Indian journal of veterinary science and animal husbandry - Volume 8,
Year: 1938
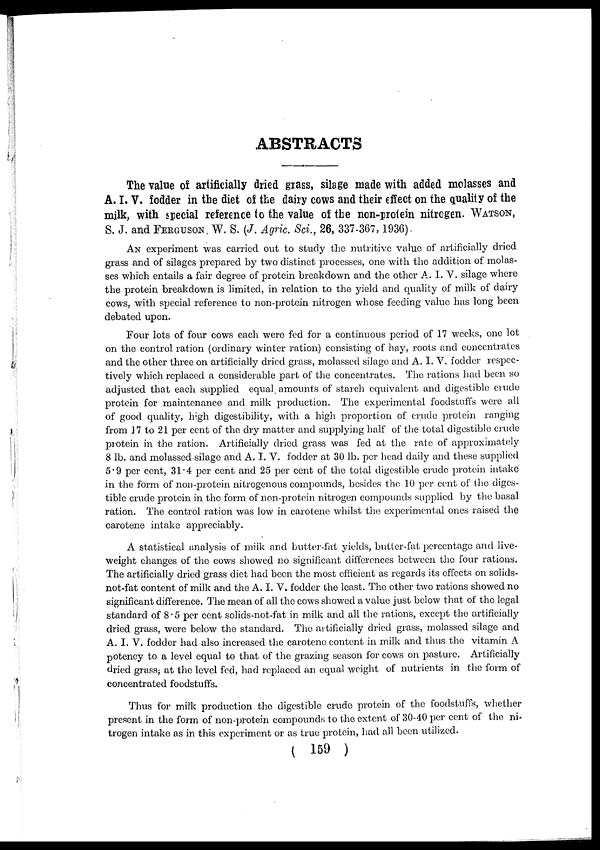
ABSTRACTS
The value of artificially dried grass, silage made with added molasses and
A. I. V. fodder in the diet of the dairy cows and their effect on the quality of the
milk, with special reference to the value of the non-protein nitrogen. WATSON,
S. J. and FERGUSON W. S. (J. Agric. Sci., 26, 337-367,1936).
AN experiment was carried out to study the nutritive value of artificially dried
grass and of silages prepared by two distinct processes, one with the addition of molas-
ses which entails a fair degree of protein breakdown and the other A. I. V. silage where
the protein breakdown is limited, in relation to the yield and quality of milk of dairy
cows, with special reference to non-protein nitrogen whose feeding value has long been
debated upon.
Four lots of four cows each were fed for a continuous period of 17 weeks, one lot
on the control ration (ordinary winter ration) consisting of hay, roots and concentrates
and the other three on artificially dried grass, molassed silage and A. I. V. fodder respec-
tively which replaced a considerable part of the concentrates. The rations had been so
adjusted that each supplied equal amounts of starch equivalent and digestible crude
protein for maintenance and milk production. The experimental foodstuffs were all
of good quality, high digestibility, with a high proportion of crude protein ranging
from 17 to 21 per cent of the dry matter and supplying half of the total digestible crude
protein in the ration. Artificially dried grass was fed at the rate of approximately
8 lb. and molassed silage and A. I. V. fodder at 30 lb. per head daily and these supplied
5.9 per cent, 31.4 per cent and 25 per cent of the total digestible crude protein intake
in the form of non-protein nitrogenous compounds, besides the 10 per cent of the diges-
tible crude protein in the form of non-protein nitrogen compounds supplied by the basal
ration. The control ration was low in carotene whilst the experimental ones raised the
carotene intake appreciably.
A statistical analysis of milk and butter-fat yields, butter-fat percentage and live-
weight changes of the cows showed no significant differences between the four rations.
The artificially dried grass diet had been the most efficient as regards its effects on solids-
not-fat content of milk and the A. I. V. fodder the least. The other two rations showed no
significant difference. The mean of all the cows showed a value just below that of the legal
standard of 8.5 per cent solids-not-fat in milk and all the rations, except the artificially
dried grass, were below the standard. The artificially dried grass, molassed silage and
A. I. V. fodder had also increased the carotene content in milk and thus the vitamin A
potency to a level equal to that of the grazing season for cows on pasture. Artificially
dried grass; at the level fed, had replaced an equal weight of nutrients in the form of
concentrated foodstuffs.
Thus for milk production the digestible crude protein of the foodstuffs, whether
present in the form of non-protein compounds to the extent of 30-40 per cent of the ni-
trogen intake as in this experiment or as true protein, had all been utilized.
( 159 )